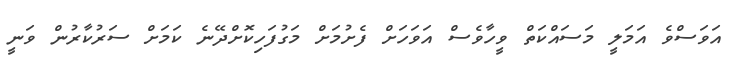
އަވަސްވެ އަމަލީ މަސައްކަތް ވީހާވެސް އަވަހަށް ފެށުމަށް މަގުފަހިކޮށްދޭނެ ކަމަށް ސަރުކާރުން ވަނީ